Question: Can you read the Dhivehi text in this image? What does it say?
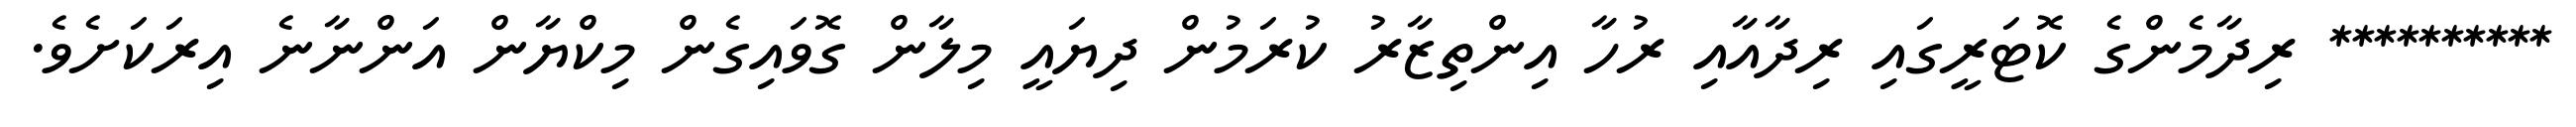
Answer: ********** ރިދާމެންގެ ކޮޓަރީގައި ރިދާއާއި ރުހާ އިންތިޒާރު ކުރަމުން ދިޔައީ މިލާން ގޮވައިގެން މިކްޔާން އަންނާނެ އިރަކަށެވެ.